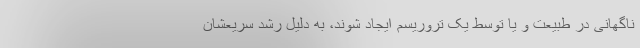
ناگهانی در طبیعت و یا توسط یک تروریسم ایجاد شوند، به دلیل رشد سریعشان